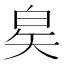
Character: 𬐇